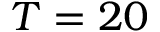
T = 2 0